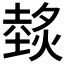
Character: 𱬁